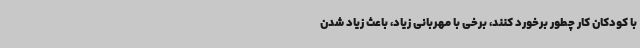
با کودکان کار چطور برخورد کنند، برخی با مهربانی زیاد، باعث زیاد شدن